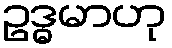
ဥဒ္ဓမာဟု